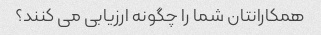
همکارانتان شما را چگونه ارزیابی می کنند؟